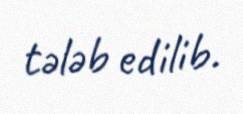
tələb edilib.